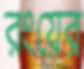
রংয়ের